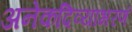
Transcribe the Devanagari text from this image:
अनेकदिव्याभरणं